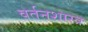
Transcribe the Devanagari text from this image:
वर्तनशास्त्र